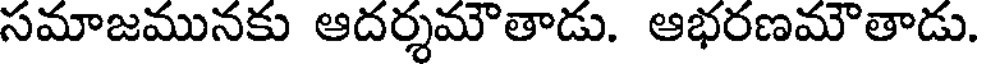
సమాజమునకు ఆదర్శమౌతాడు. ఆభరణమౌతాడు.